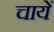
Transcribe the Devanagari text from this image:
चायें